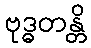
ဗုဒ္ဓတန္တိ